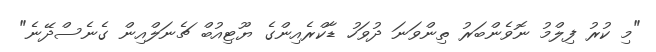
"މި ކުރު ފިލްމު ނޮވެންބަރު ތިންވަނަ ދުވަހު ޑާކްރެއިންގެ ޔޫޓިއުބް ޗެނަލްއިން ގެނެސްދޭނެ"